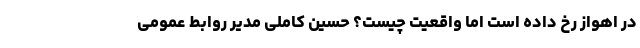
در اهواز رخ داده است اما واقعیت چیست؟ حسین کاملی مدیر روابط عمومی